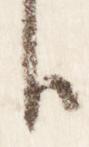
臣